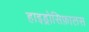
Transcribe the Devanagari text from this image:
हाइड्रोसिफ़ालस